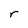
Character: r